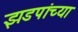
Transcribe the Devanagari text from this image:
झडपांच्या